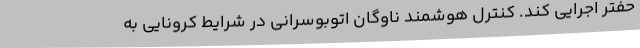
حفتر اجرایی کند. کنترل هوشمند ناوگان اتوبوسرانی در شرایط کرونایی به